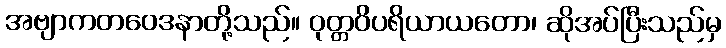
အဗျာကတဝေဒနာတို့သည်။ ဝုတ္တဝိပရိယာယတော၊ ဆိုအပ်ပြီးသည်မှ